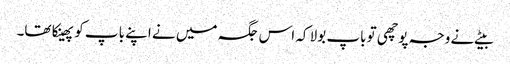
بیٹے نے وجہ پوچھی تو باپ بولا کہ اس جگہ میں نے اپنے باپ کو پھینکا تھا۔